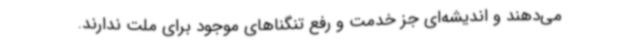
می‌دهند و اندیشه‌ای جز خدمت و رفع تنگناهای موجود برای ملت ندارند.